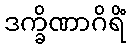
ဒက္ခိဏာဂိရိံ